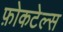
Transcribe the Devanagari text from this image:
फ़ोकटेल्स